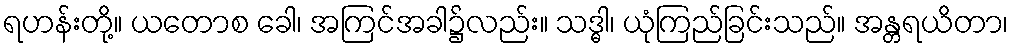
ရဟန်းတို့။ ယတောစ ခေါ၊ အကြင်အခါ၌လည်း။ သဒ္ဓါ၊ ယုံကြည်ခြင်းသည်။ အန္တရယိတာ၊